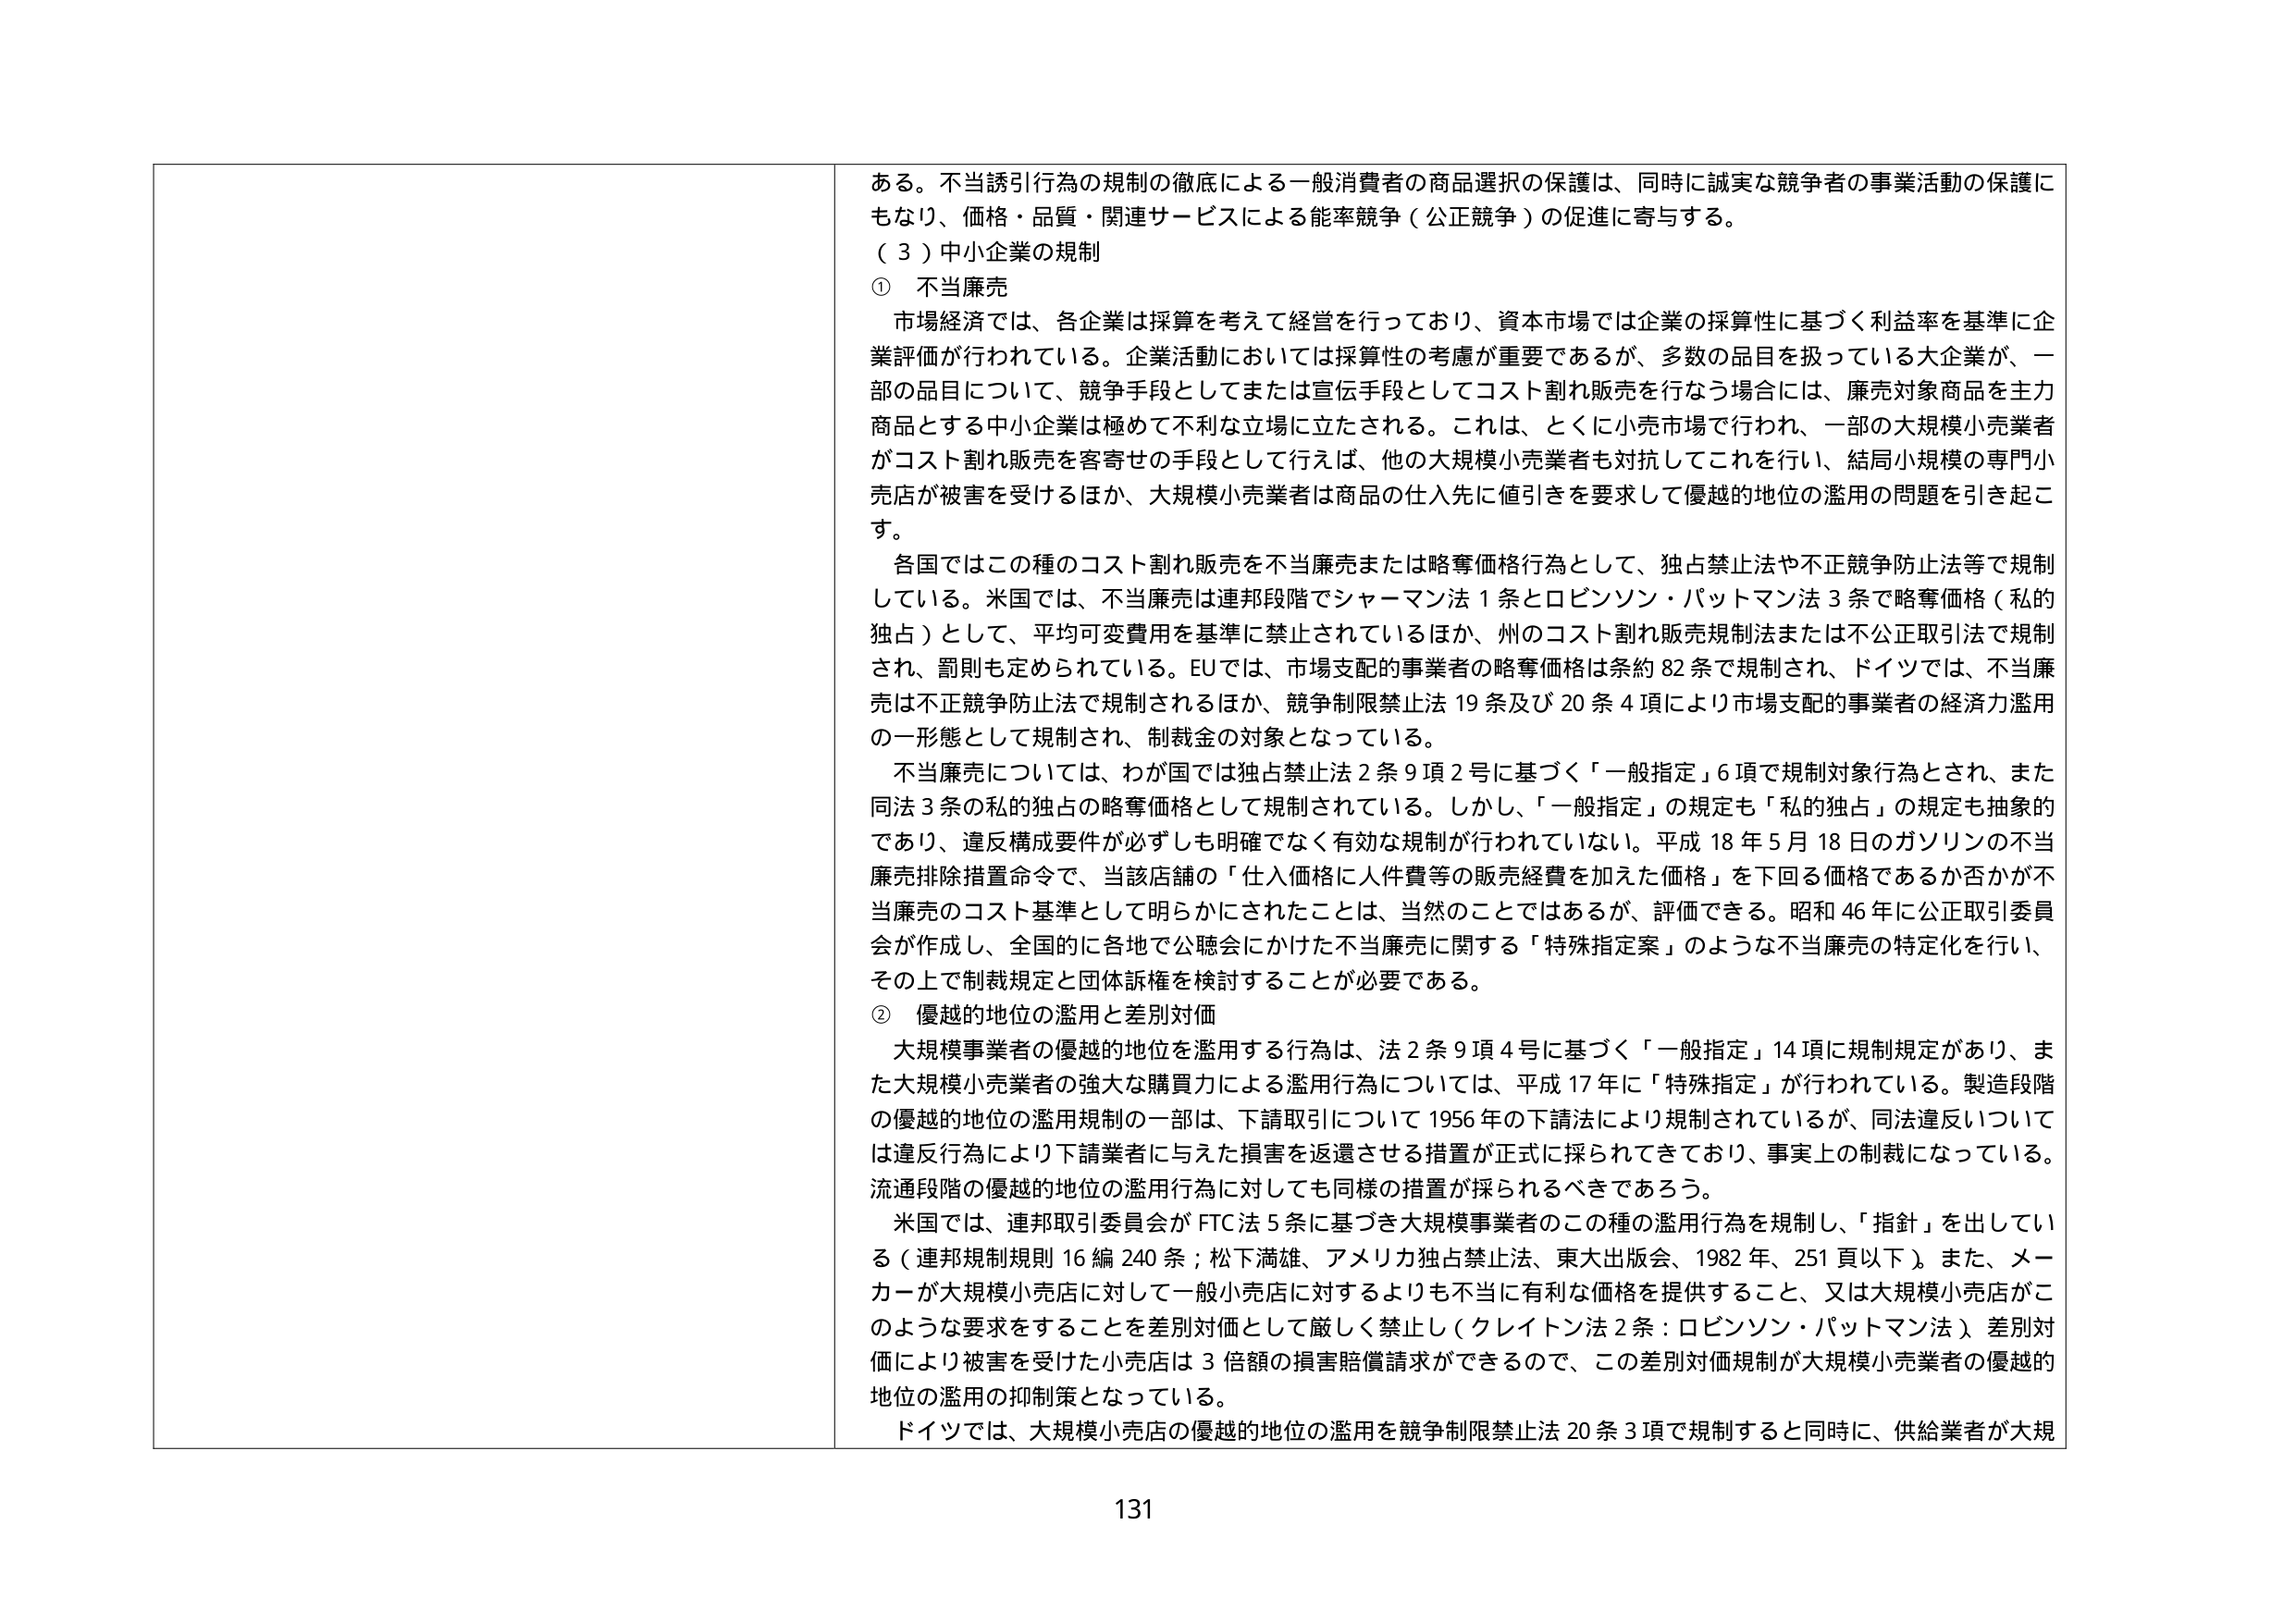
ある。不当誘引行為の規制の徹底による一般消費者の商品選択の保護は、同時に誠実な競争者の事業活動の保護にもなり、価格・品質・関連サービスによる能率競争（公正競争）の促進に寄与する。

（３）中小企業の規制

① 不当廉売

市場経済では、各企業は採算を考えて経営を行っており、資本市場では企業の採算性に基づく利益率を基準に企業評価が行われている。企業活動においては採算性の考慮が重要であるが、多数の品目を扱っている大企業が、一部の品目について、競争手段としてまたは宣伝手段としてコスト割れ販売を行なう場合には、廉売対象商品を主力商品とする中小企業は極めて不利な立場に立たされる。これは、とくに小売市場で行われ、一部の大規模小売業者がコスト割れ販売を客寄せの手段として行えば、他の大規模小売業者も対抗してこれを行い、結局小規模の専門小売店が被害を受けるほか、大規模小売業者は商品の仕入先に値引きを要求して優越的地位の濫用の問題を引き起こす。

各国ではこの種のコスト割れ販売を不当廉売または略奪価格行為として、独占禁止法や不正競争防止法等で規制している。米国では、不当廉売は連邦段階でシャーマン法１条とロビンソン・パットマン法３条で略奪価格（私的独占）として、平均可変費用を基準に禁止されているほか、州のコスト割れ販売規制法または不公正取引法で規制され、罰則も定められている。EUでは、市場支配的事業者の略奪価格は条約８２条で規制され、ドイツでは、不当廉売は不正競争防止法で規制されるほか、競争制限禁止法１９条及び２０条４項により市場支配的事業者の経済力濫用の一形態として規制され、制裁金の対象となっている。

不当廉売については、わが国では独占禁止法２条９項２号に基づく「一般指定」６項で規制対象行為とされ、また同法３条の私的独占の略奪価格として規制されている。しかし、「一般指定」の規定も「私的独占」の規定も抽象的であり、違反構成要件が必ずしも明確でなく有効な規制が行われていない。平成１８年５月１８日のガソリンの不当廉売排除措置命令で、当該店舗の「仕入価格に人件費等の販売経費を加えた価格」を下回る価格であるか否かが不当廉売のコスト基準として明らかにされたことは、当然のことではあるが、評価できる。昭和４６年に公正取引委員会が作成し、全国的に各地で公聴会にかけた不当廉売に関する「特殊指定案」のような不当廉売の特定化を行い、その上で制裁規定と団体訴権を検討することが必要である。

② 優越的地位の濫用と差別対価

大規模事業者の優越的地位を濫用する行為は、法２条９項４号に基づく「一般指定」１４項に規制規定があり、また大規模小売業者の強大な購買力による濫用行為については、平成１７年に「特殊指定」が行われている。製造段階の優越的地位の濫用規制の一部は、下請取引について１９５６年の下請法により規制されているが、同法違反については違反行為により下請業者に与えた損害を返還させる措置が正式に採られてきており、事実上の制裁になっている。流通段階の優越的地位の濫用行為に対しても同様の措置が採られるべきであろう。

米国では、連邦取引委員会がFTC法５条に基づき大規模事業者のこの種の濫用行為を規制し、「指針」を出している（連邦規制規則１６編２４０条；松下満雄、アメリカ独占禁止法、東大出版会、１９８２年、２５１頁以下）。また、メーカーが大規模小売店に対して一般小売店に対するよりも不当に有利な価格を提供すること、又は大規模小売店がこのような要求をすることを差別対価として厳しく禁止し（クレイトン法２条：ロビンソン・パットマン法）、差別対価により被害を受けた小売店は３倍額の損害賠償請求ができるので、この差別対価規制が大規模小売業者の優越的地位の濫用の抑制策となっている。

ドイツでは、大規模小売店の優越的地位の濫用を競争制限禁止法２０条３項で規制すると同時に、供給業者が大規

131